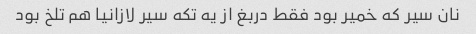
نان سیر که خمیر بود فقط دربغ از یه تکه سیر لازانیا هم تلخ بود